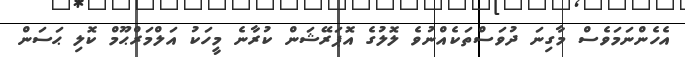
އެހެންނަމަވެސް މާގިނަ ދުވަސްތަކެއްނުވެ ލޮލުގެ އޮޕަރޭޝަން ކުރާނެ މީހަކު އަލްމަރްޙޫމް ކޮލި ޙަސަން